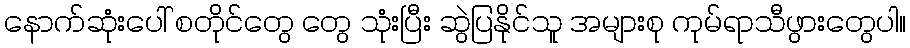
နောက်ဆုံးပေါ် စတိုင်တွေ တွေ သုံးပြီး ဆွဲပြနိုင်သူ အများစု ကုမ်ရာသီဖွားတွေပါ။